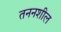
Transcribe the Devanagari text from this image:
तननशील